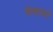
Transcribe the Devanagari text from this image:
भेलाचार्य